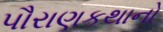
પૌરાણકથાનો